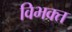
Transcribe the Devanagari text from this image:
विभक्‍त